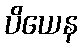
ပိယေန